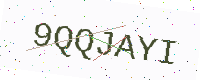
Text: 9QQJAYI